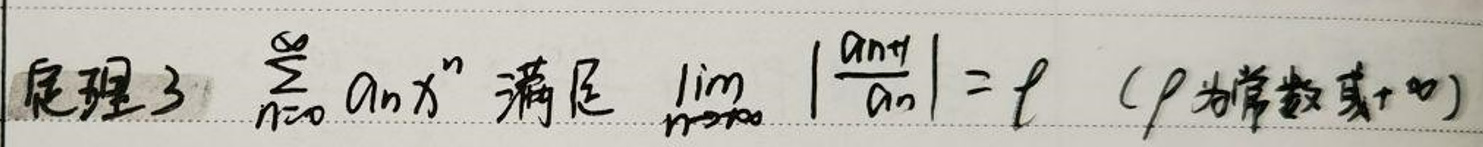
定理3 \(\sum_{n=0}^{\infty} a_n x^n\) 满足 \(\lim_{n \to \infty} \left| \frac{a_{n+1}}{a_n} \right| = l\)（\(l\)为常数或\(+\infty\)）